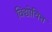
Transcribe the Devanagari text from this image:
विद्योचित्त